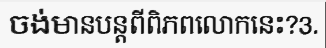
ចង់មានបន្តពីពិភពលោកនេះ?3.